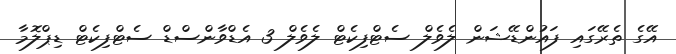
އޭގެ ތެރޭގައި ފައުންޑޭޝަން ލެވެލް ސެޓްފިކެޓް ލެވެލް 3 އެޑްވާންސްޑް ސެޓްފިކެޓް ޑިޕްލޮމާ